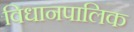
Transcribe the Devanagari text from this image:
विधानपालिक